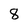
Character: 8